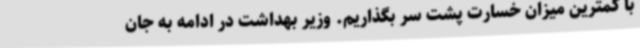
با کمترین میزان خسارت پشت سر بگذاریم. وزیر بهداشت در ادامه به جان